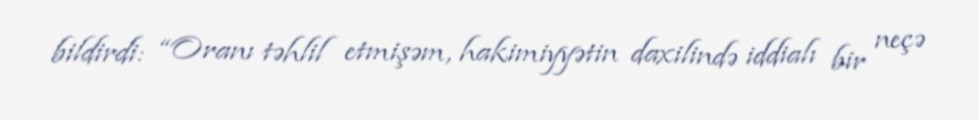
bildirdi: “Oranı təhlil etmişəm, hakimiyyətin daxilində iddialı bir neçə